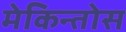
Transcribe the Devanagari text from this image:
मेकिन्तोस